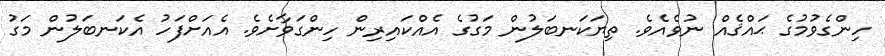
ހިންގެވުމުގެ ޙައްޤެއް ނުވެއެވެ. ތިޔަކަނބަލުން މަގުގެ އެއްކައިރިން ހިންގަވާށެވެ. އެއަށްފަހު އެކަނބަލުން މަގު